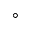
^ \circ